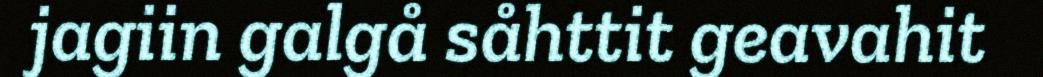
jagiin galgå såhttit geavahit